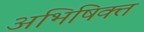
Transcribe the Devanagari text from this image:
अभिषिक्‍त